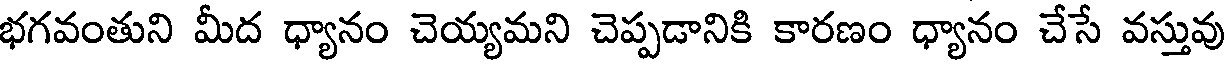
భగవంతుని మీద ధ్యానం చెయ్యమని చెప్పడానికి కారణం ధ్యానం చేసే వస్తువు